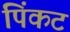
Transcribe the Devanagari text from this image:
पिंकट